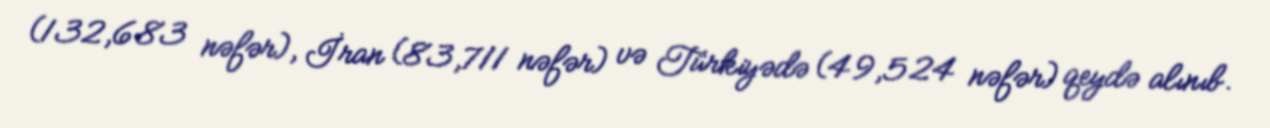
(132,683 nəfər), İran (83,711 nəfər) və Türkiyədə (49,524 nəfər) qeydə alınıb.